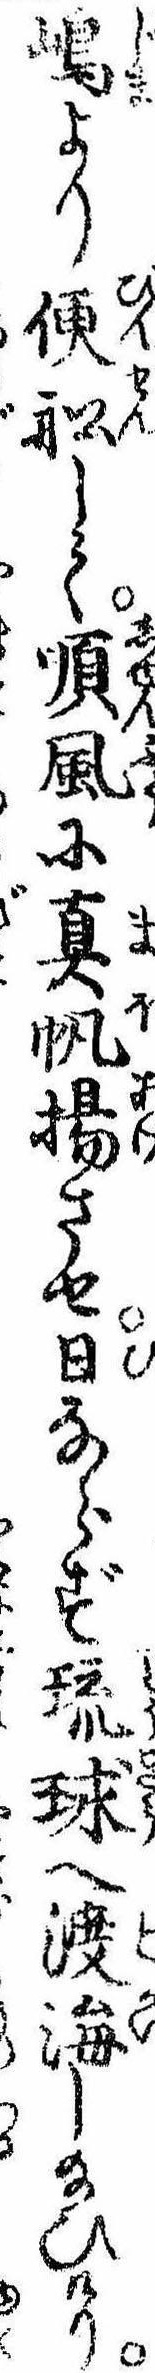
島より便船して順風に真帆揚させ日ならず琉球へ渡海し給ひけり